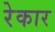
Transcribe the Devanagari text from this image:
रेकार